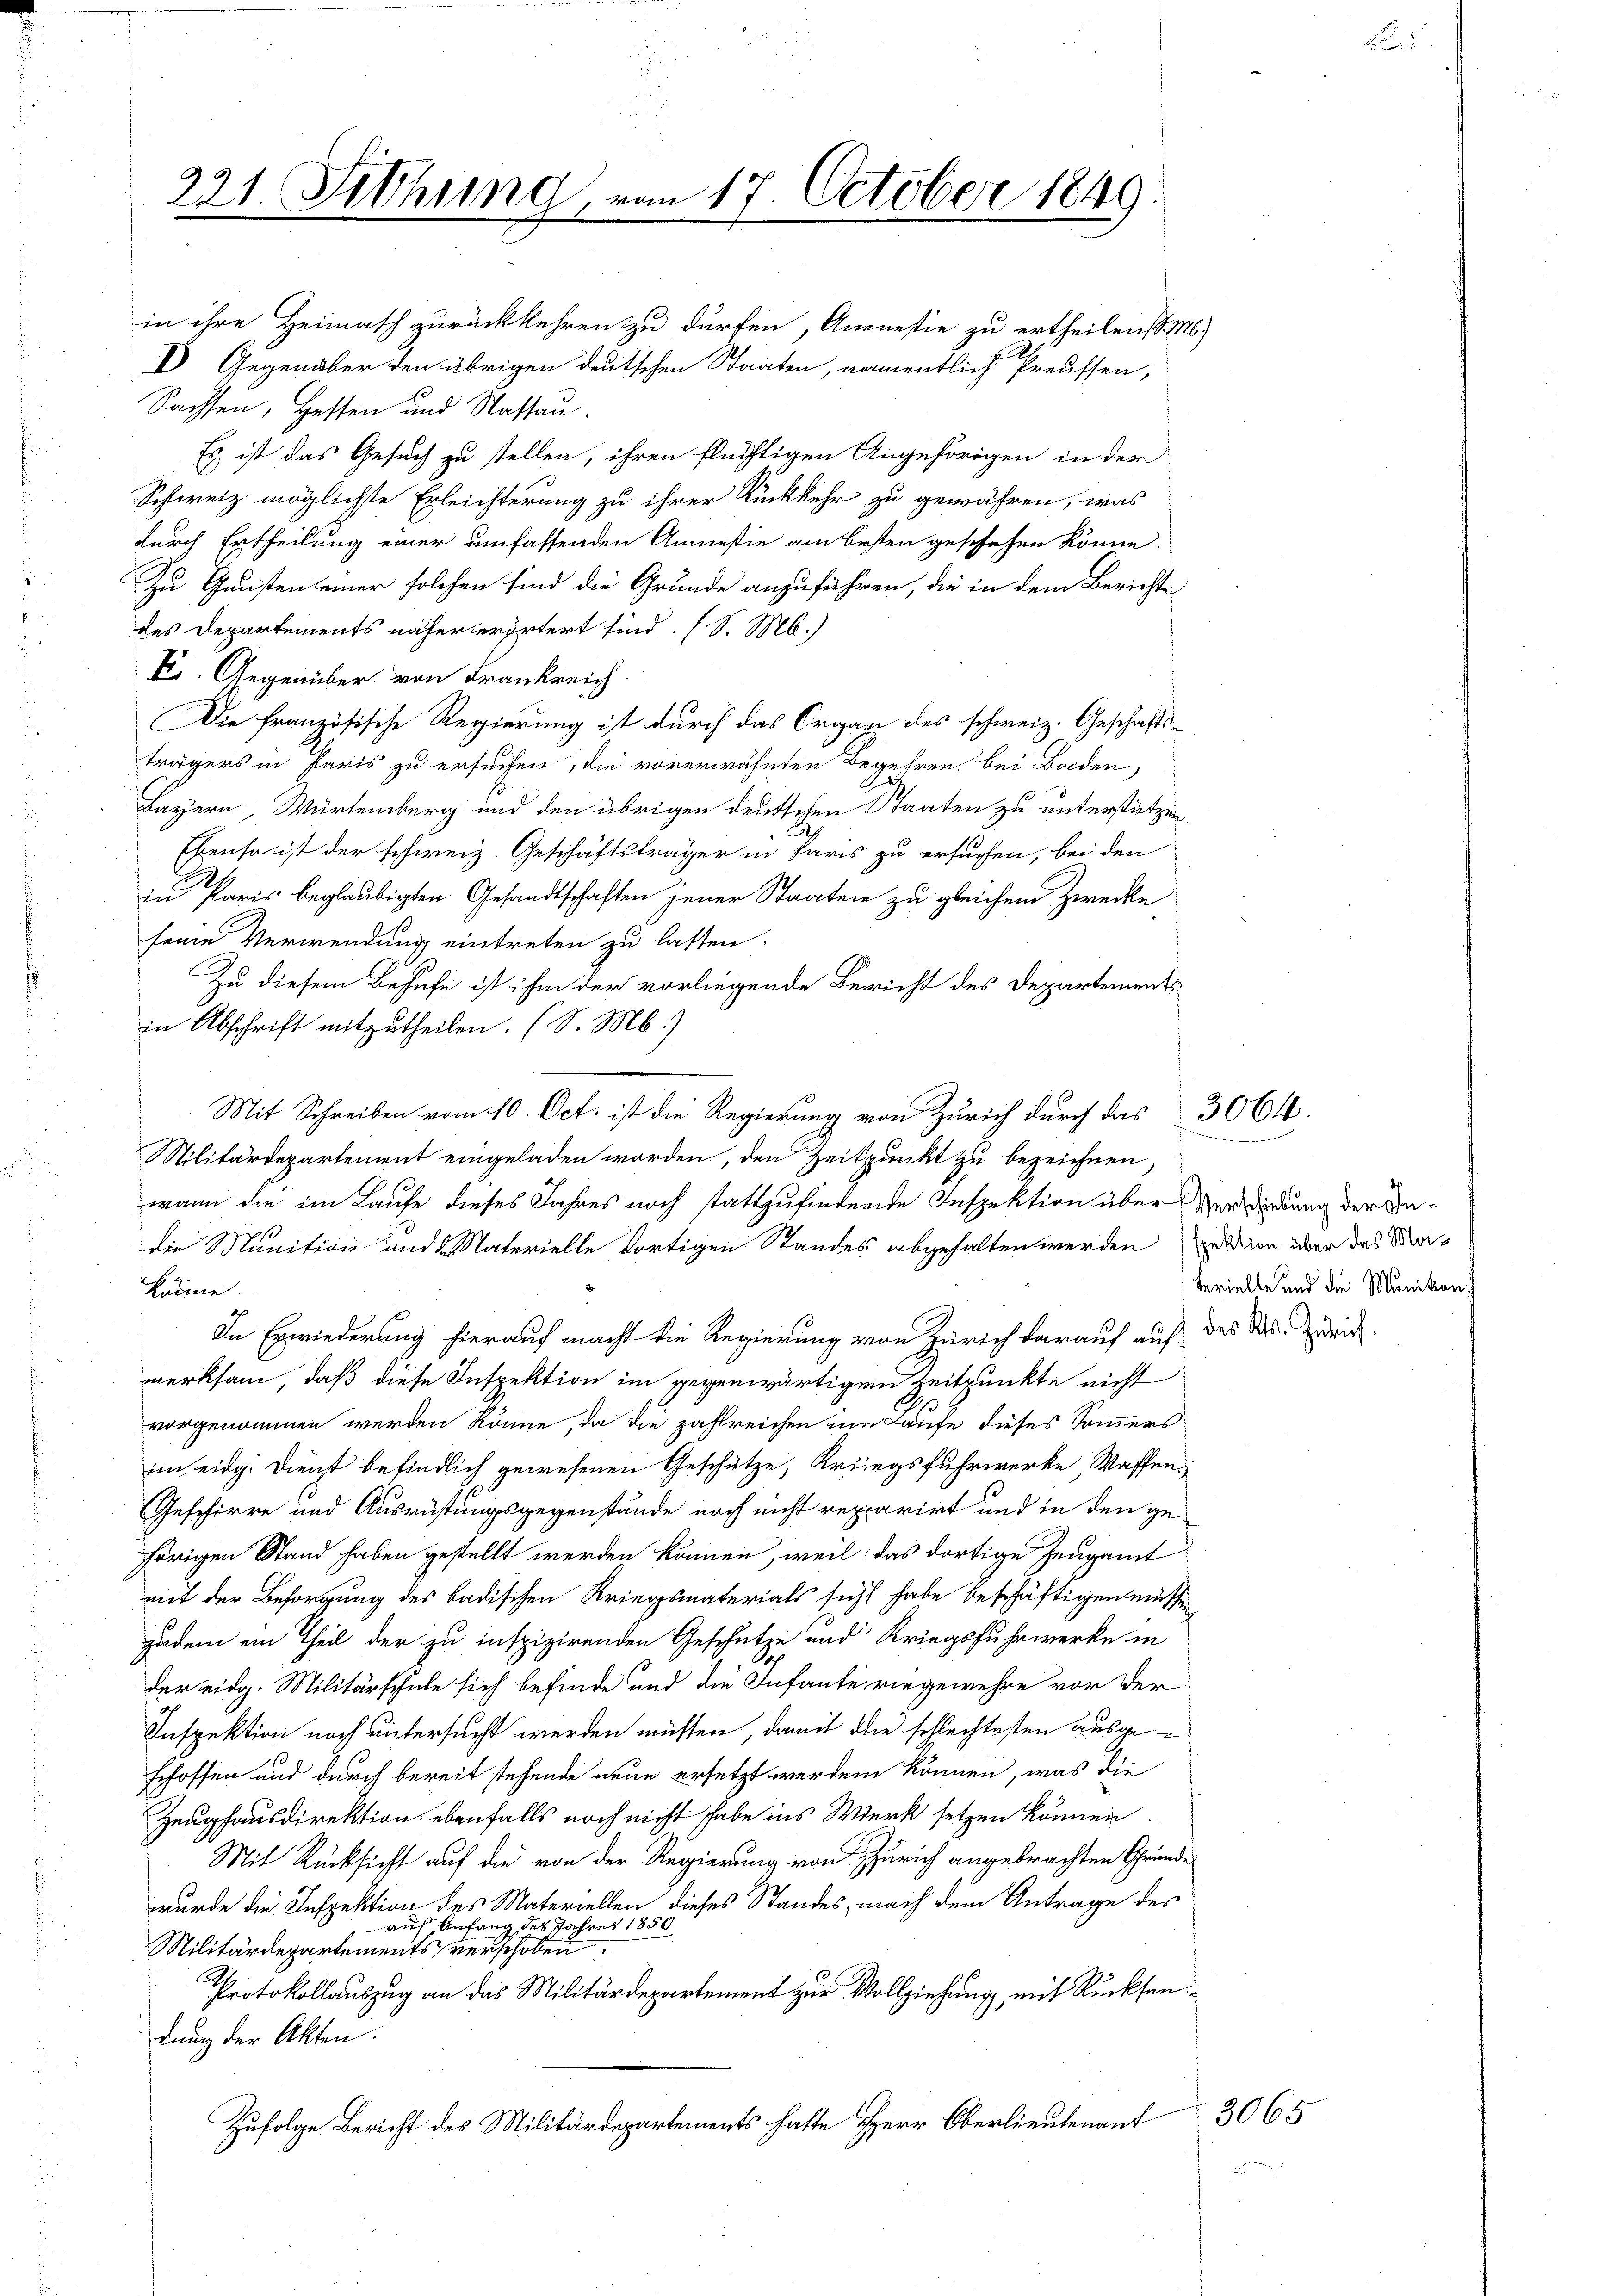
221. Sithung, vo
h

in ihre Heimath zurückkehren zu dürfen, Angestie zu ertheilen d. M.
I Gegenüber den übrigen deutschen Staaten, namentlich Preussen,
Sachsen, Hessen und Nassau.
Es ist das Gesuch zu stellen, ihren flüchtigen Angehörigen in der
1
Schweiz möglichste Erleichterung zu ihrer Rückkehr zu gewähren, was
durch Ertheilung einer umfassenden Anmesie am besten geschehen könne.
Zu Gunsten seiner solchen sind die Grunde anzuführen, die in dem Berichte
des Departements näher erörtert sind. (S. M.)
E. Gegenüber von Frankreich.
Die französische Regierung ist durch das Organ des schweiz. Geschäftsträgers in Paris zu ersuchen, die vorerwähnten Begehren bei Baden,
Bayern, Würtemberg und den übrigen deutschen Staaten zu unterstützen,
Ebenso ist der schweiz. Geschäftsträger in Paris zu ersuchen, bei den
in Paris beglaubigten Gesandtschaften jener Staaten zu gleichem Zwecke
seine Verwendung eintreten zu lassen.
Zu diesem Behufe ist ihm der vorliegende Bericht des Departements
in Abschrift mitzutheilen. (S. M.)
Mit Schreiben vom 10. Oct. ist die Regierung von Zürich durch das 3064.
Militärdepartement eingeladen worden, den Zeitpunkt zu bezeichnen,
wann die im Laufe dieses Jahres noch stattzufindende Inspektion über Verwindung der Indie Munition und Naterielle dortigen Standes abgehalten werden von über das Urikönne
In Erwiederung hierauf macht die Regierung von Zürich darauf auf des Str. Zweit
merksam, daß diese Inspektion im gegenwärtigen Zeitpunkte nicht
vorgenommen werden könne, da die zahlreichen im Laufe dieses Sommers
im eidg. Dienst befindlich gewesenen Geschütze, Kriegsfuhrwerke, Waffen,
Geschirre und Ausrüstungsgegenstände noch nicht reparirt und in den ge-
hörigen Stand haben gestellt werden können, weil das dortige Zeugamt
mit der Besorgung des badischen Kriegsmaterials sicht habe beschäftigen müssen
zudem ein Theil der zu inspizirenden Geschütze und Kriegsfuhrwerke in
der eidg. Militärschule sich befinde und die Infante riegewehre vor der
Inspektion noch untersucht werden müssen, damit die schlechtesten ausgeschossen und durch bereit stehende neue ersetzt werden können, was die
Zeughausdirektion ebenfalls noch nicht habe ins Werk setzen können.
Mit Rücksicht auf die von der Regierung von Zürich angebrachten Grunde
wurde die Inspektion des Materiellen dieses Standes, nach dem Antrage des
auf Anfang des Jahres 1856
Militärdepartements verschoben
Protokollauszug an das Militärdepartement zur Vollziehung mit Rücksendung der Akten.
Zufolge Bericht des Militärdepartements hatte Herr Oberlieutenant

17. October 1849

berielle und die Munikon)

.

3065